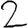
Digit: 2